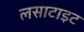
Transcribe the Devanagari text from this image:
लसाटाइट